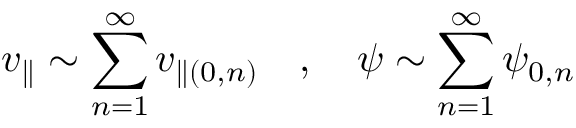
v _ { \parallel } \sim \sum _ { n = 1 } ^ { \infty } v _ { \parallel ( 0 , n ) } \quad , \quad \psi \sim \sum _ { n = 1 } ^ { \infty } \psi _ { 0 , n }